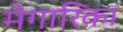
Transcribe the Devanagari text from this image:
मेगारिंका